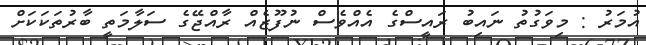
އުމަރު : މިވަގުތު ނައިބު ރައީސްގެ އެއްވެސް ނުފޫޒެއް ރާއްޖޭގެ ސަލާމަތީ ބާރުތަކަކަށް